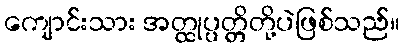
ကျောင်းသား အတ္ထုပ္ပတ္တိတို့ပဲဖြစ်သည်။